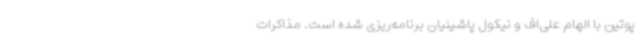
پوتین با الهام علی‌اف و نیکول پاشینیان برنامه‌ریزی شده است. مذاکرات